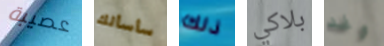
عصيبة سأسألك ذلك بلاكي وغد